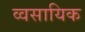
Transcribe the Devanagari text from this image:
व्वसायिक